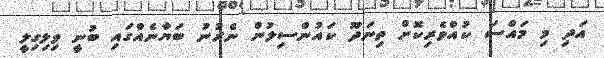
އަދި މި މައްސަ ކުއްވެރިކޮށް ތިނަދޫ ކައުންސިލުން ނެރުނު ބަޔާނެއްގައި ބުނީ ވިލިގިލީ